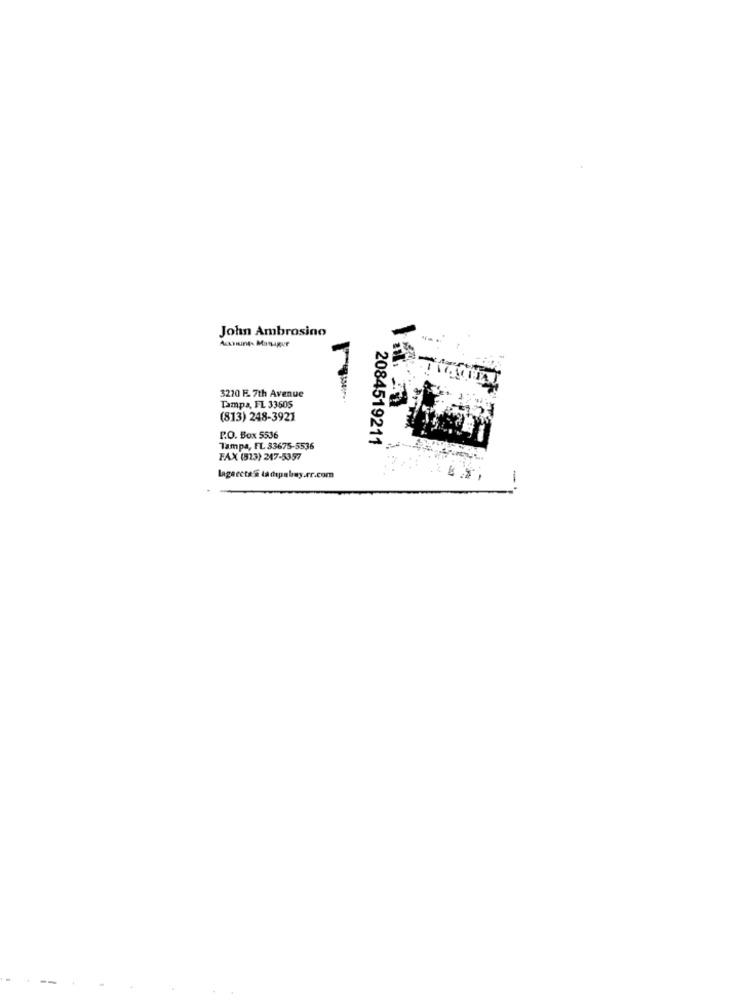
John Ambrosino
3210 F. 7th Avenue
Tampa, FL 33505
(813) 248-3921
P.O. Box 5536
2084519211
Tampa, FL 33675-5536
FAX (513) 247-5357
lageects'S ladspabay.Fr.com
-